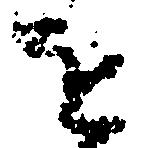
を